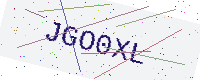
Text: JGO0XL